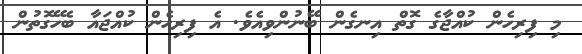
މި ފިރިހެން ކުއްޖާގެ ގޮތް އިނގެން ބޭނުންވިއެވެ. އެ ފިރިހެން ކުއްޖައާ ބެހޭގޮތުން